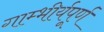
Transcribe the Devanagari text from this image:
गाम्भीर्यपूर्ण